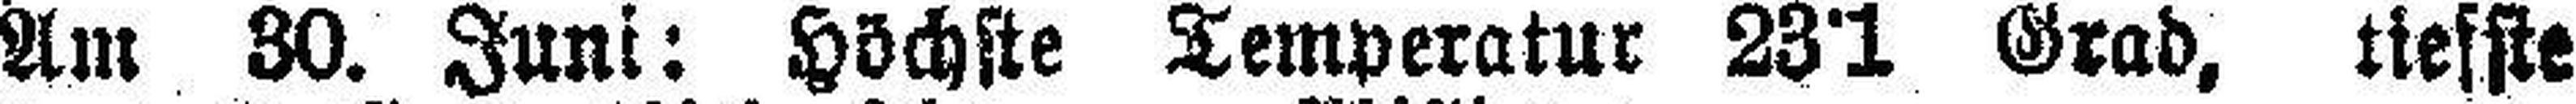
Am 30. Juni: Höchste Temperatur 23°1 Grad, tiefste